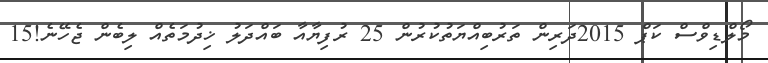
މޯލްޑިވްސް ކަޕް 2015ދަރިން ތަރުބިއްޔަތުކުރުން 25 ރުފިޔާއާ ބައްދަލު ޚިދުމަތެއް ލިބެން ޖެހޭނެ!15